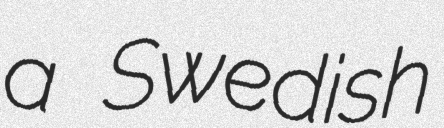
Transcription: a Swedish